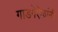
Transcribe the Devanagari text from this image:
गाडगॆऎळांनी